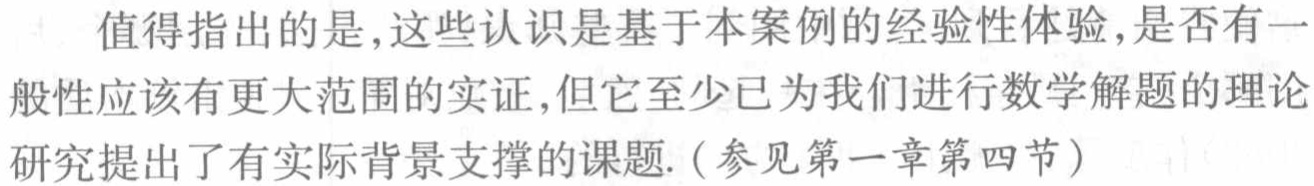
值得指出的是,这些认识是基于本案例的经验性体验,是否有一般性应该有更大范围的实证,但它至少已为我们进行数学解题的理论研究提出了有实际背景支撑的课题.(参见第一章第四节)